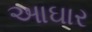
આઘાર